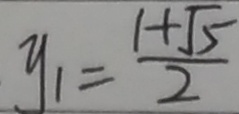
y _ { 1 } = \frac { 1 + \sqrt { 5 } } { 2 }